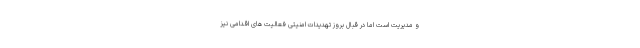
و مدیریت است اما در قبال بروز تهدیدات امنیتی فعالیت های اقدامی نیز